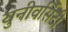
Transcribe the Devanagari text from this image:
युनीवर्सिटी